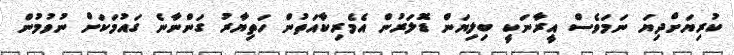
ކުރިޔަށްދިޔަ ނަމަވެސް އީރާނަކީ ބިލިޔަން ޑޮލަރުން އެމެރިކާއަތުން ހަތިޔާރު ގަންނާނެ ގައުމަކަށް ނުވުމުން